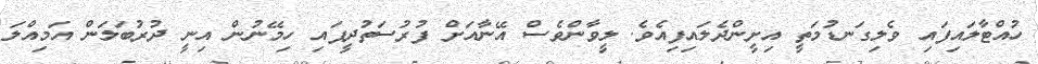
ހުއްޓާލައިފައި ވެލިގަނޑުމަތީ އިށީންދެލައިފިއެވެ. ލީވާންވެސް އޭނާއަށް ފުރުސަތުދީފައި ހިމޭނުން އިނީ ދުރުބަލަން އަމިއްލަ